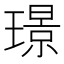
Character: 璟